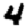
Digit: 4